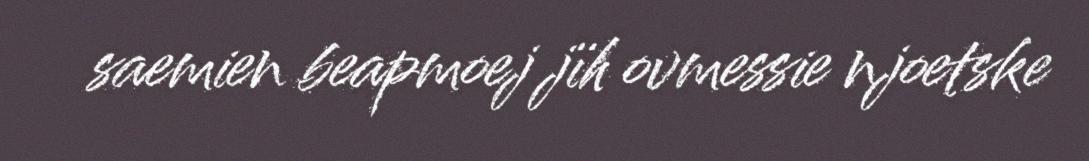
saemien beapmoej jïh ovmessie njoetske